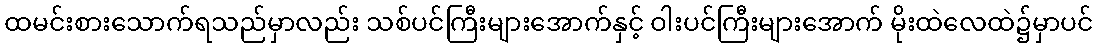
ထမင်းစားသောက်ရသည်မှာလည်း သစ်ပင်ကြီးများအောက်နှင့် ဝါးပင်ကြီးများအောက် မိုးထဲလေထဲ၌မှာပင်